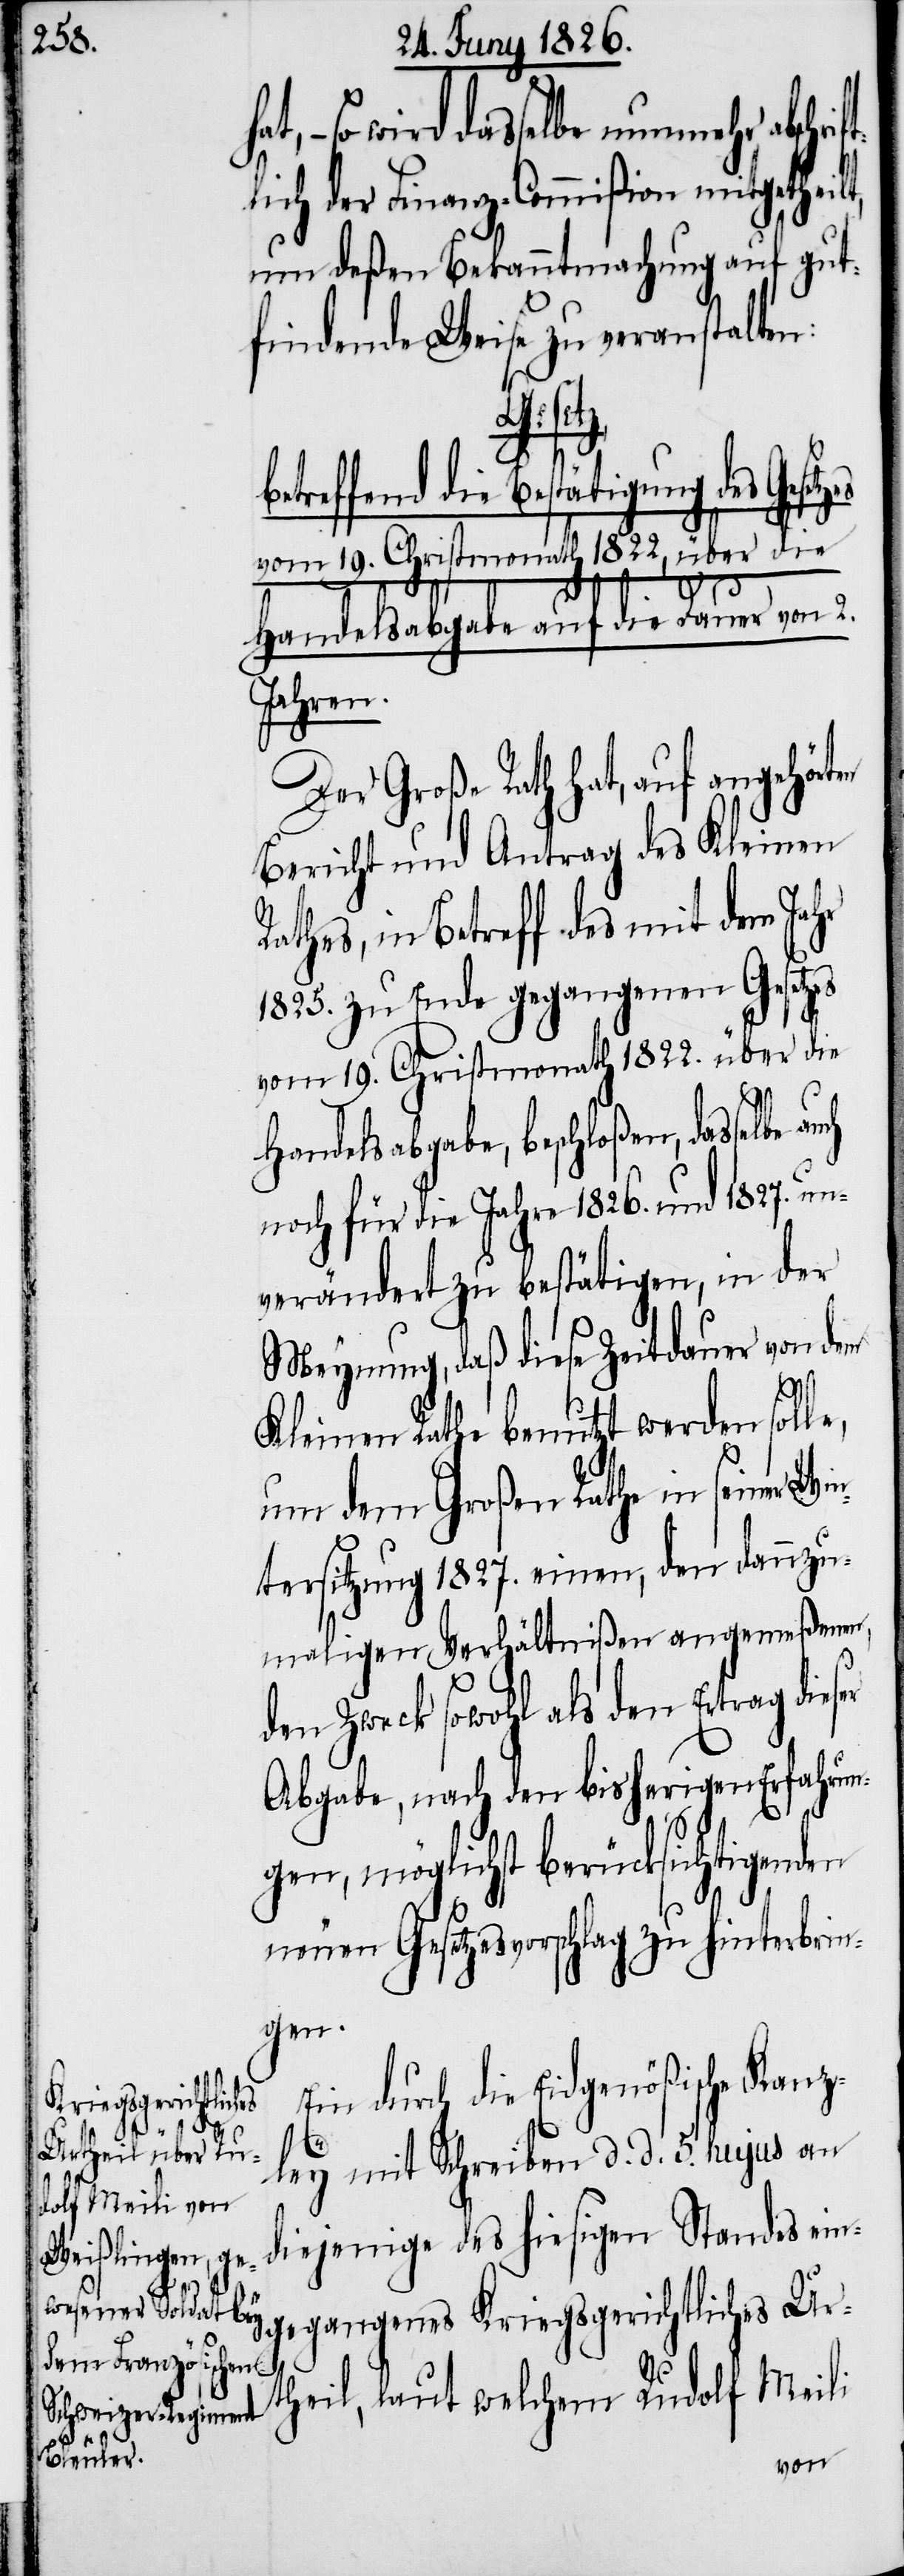
–

so wird dasselbe nunmehr absch¬
tlich der Finanz-Commißion mitgetheil¬
um deßen Bekanntmachung auf gut¬
2.
findende Weise zu veranstalten:
tzes
treffend die Bestätigung des Gese¬
vom 19. Christmonath 1822, über die
Handelsabgabe auf die Dauer
Jahren.
Der Große Rath hat, auf angehörten
Bericht und Antrag des Kleinen
Rathes, in Betreff des mit dem Jahr
1825. zu Ende gegangenen Gesetzes
vom 19. Christmonath 1822. über die
Handelsabgabe, beschloßen, dasselbe
noch für die Jahre 1826. und 1827. un¬
verändert zu bestätigen, in der
Meynung, daß diese Zeitdauer von dem
Kleinen Rathe benutzt werden solle,
um dem Großen Rathe in seiner Wi¬
ntersitzung 1827. einen, den dannzu¬
maligen Verhältnißen angemeßenen,
den Zweck sowohl als den Ertrag dies¬
Abgabe, nach den bisherigen Erfahrun¬
gen, möglichst berücksichtigenden
neuen Gesetzesvorschlag zu hinterbrin¬
gen.
Ein durch die Eidgenößische Kanz¬
ley mit Schreiben d. d. 5. hujus an
diejenige des hiesigen Standes ein¬
gegangenes Kriegsgerichtliches Ur¬
er
theil, laut welchem Rudolf Meili
von